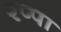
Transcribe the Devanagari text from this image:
रप्पा